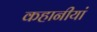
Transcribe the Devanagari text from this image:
कहानीयां